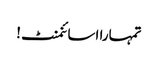
تمہارا اسائنمنٹ!